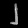
Digit: ၂